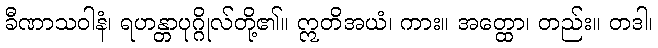
ခီဏာသဝါနံ၊ ရဟန္တာပုဂ္ဂိုလ်တို့၏။ ဣတိအယံ၊ ကား။ အတ္ထော၊ တည်း။ တဒါ၊